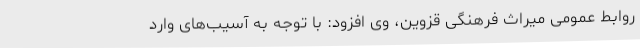
روابط عمومی میراث فرهنگی قزوین، وی افزود: با توجه به آسیب‌های وارد